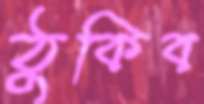
ঠুকিব